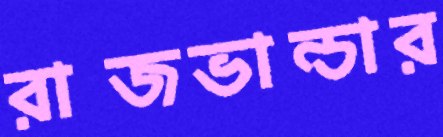
রাজভান্ডার